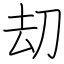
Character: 刧